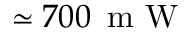
\simeq 7 0 0 \ensuremath { \, \mathrm { ~ m ~ W ~ } }